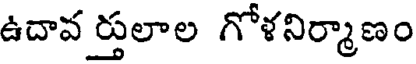
ఉదావ ర్తులాల గోళనిర్మాణం